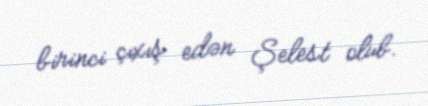
birinci çıxış edən Şelest olub.